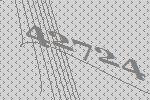
42724